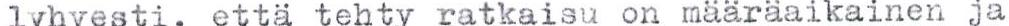
lyhyesti, että tehty ratkaisu on määräaikainen ja